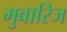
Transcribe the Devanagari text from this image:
मुबारिज